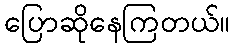
ပြောဆိုနေကြတယ်။